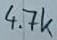
Text: 4.7k